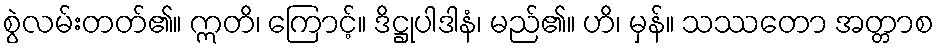
စွဲလမ်းတတ်၏။ ဣတိ၊ ကြောင့်။ ဒိဋ္ဌုပါဒါနံ၊ မည်၏။ ဟိ၊ မှန်။ သဿတော အတ္တာစ